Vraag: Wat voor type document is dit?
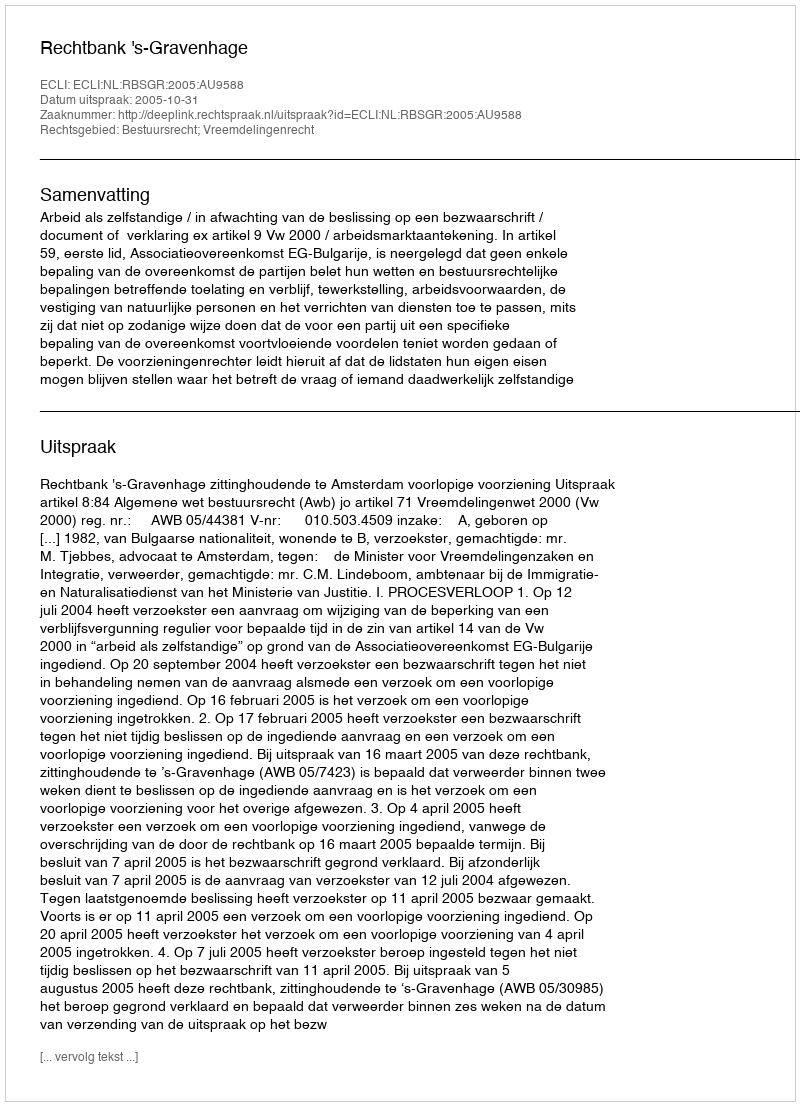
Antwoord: Uitspraak